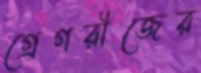
গ্রেগরীজের